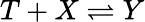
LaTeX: T+X\rightleftharpoons Y